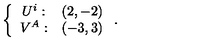
\left\{ \begin{array} { c c } { U ^ { i } : } & { ( 2 , - 2 ) } \\ { V ^ { A } : } & { ( - 3 , 3 ) } \\ \end{array} \right. .